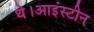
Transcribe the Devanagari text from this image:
थे।आइंस्टीन